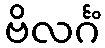
ဗိလင်္ဂံ